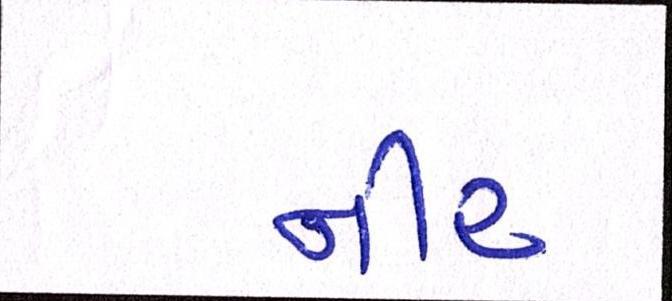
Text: નીર